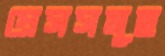
প্রেসসমূহ